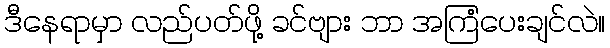
ဒီနေရာမှာ လည်ပတ်ဖို့ ခင်ဗျား ဘာ အကြံပေးချင်လဲ။